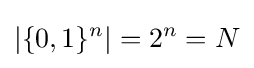
\left\vert \{0,1\}^{n}\right\vert =2^{n}=N